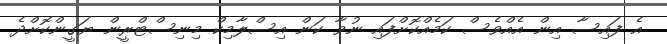
އެ ފައިސާ އިން އެއްވެސް ކަމެއްކޮށްފައި ނުވާ ކަން އިސްލާމިކް މިނިސްޓްރީން ޔަގީންކޮށްދެ